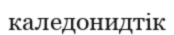
каледонидтік